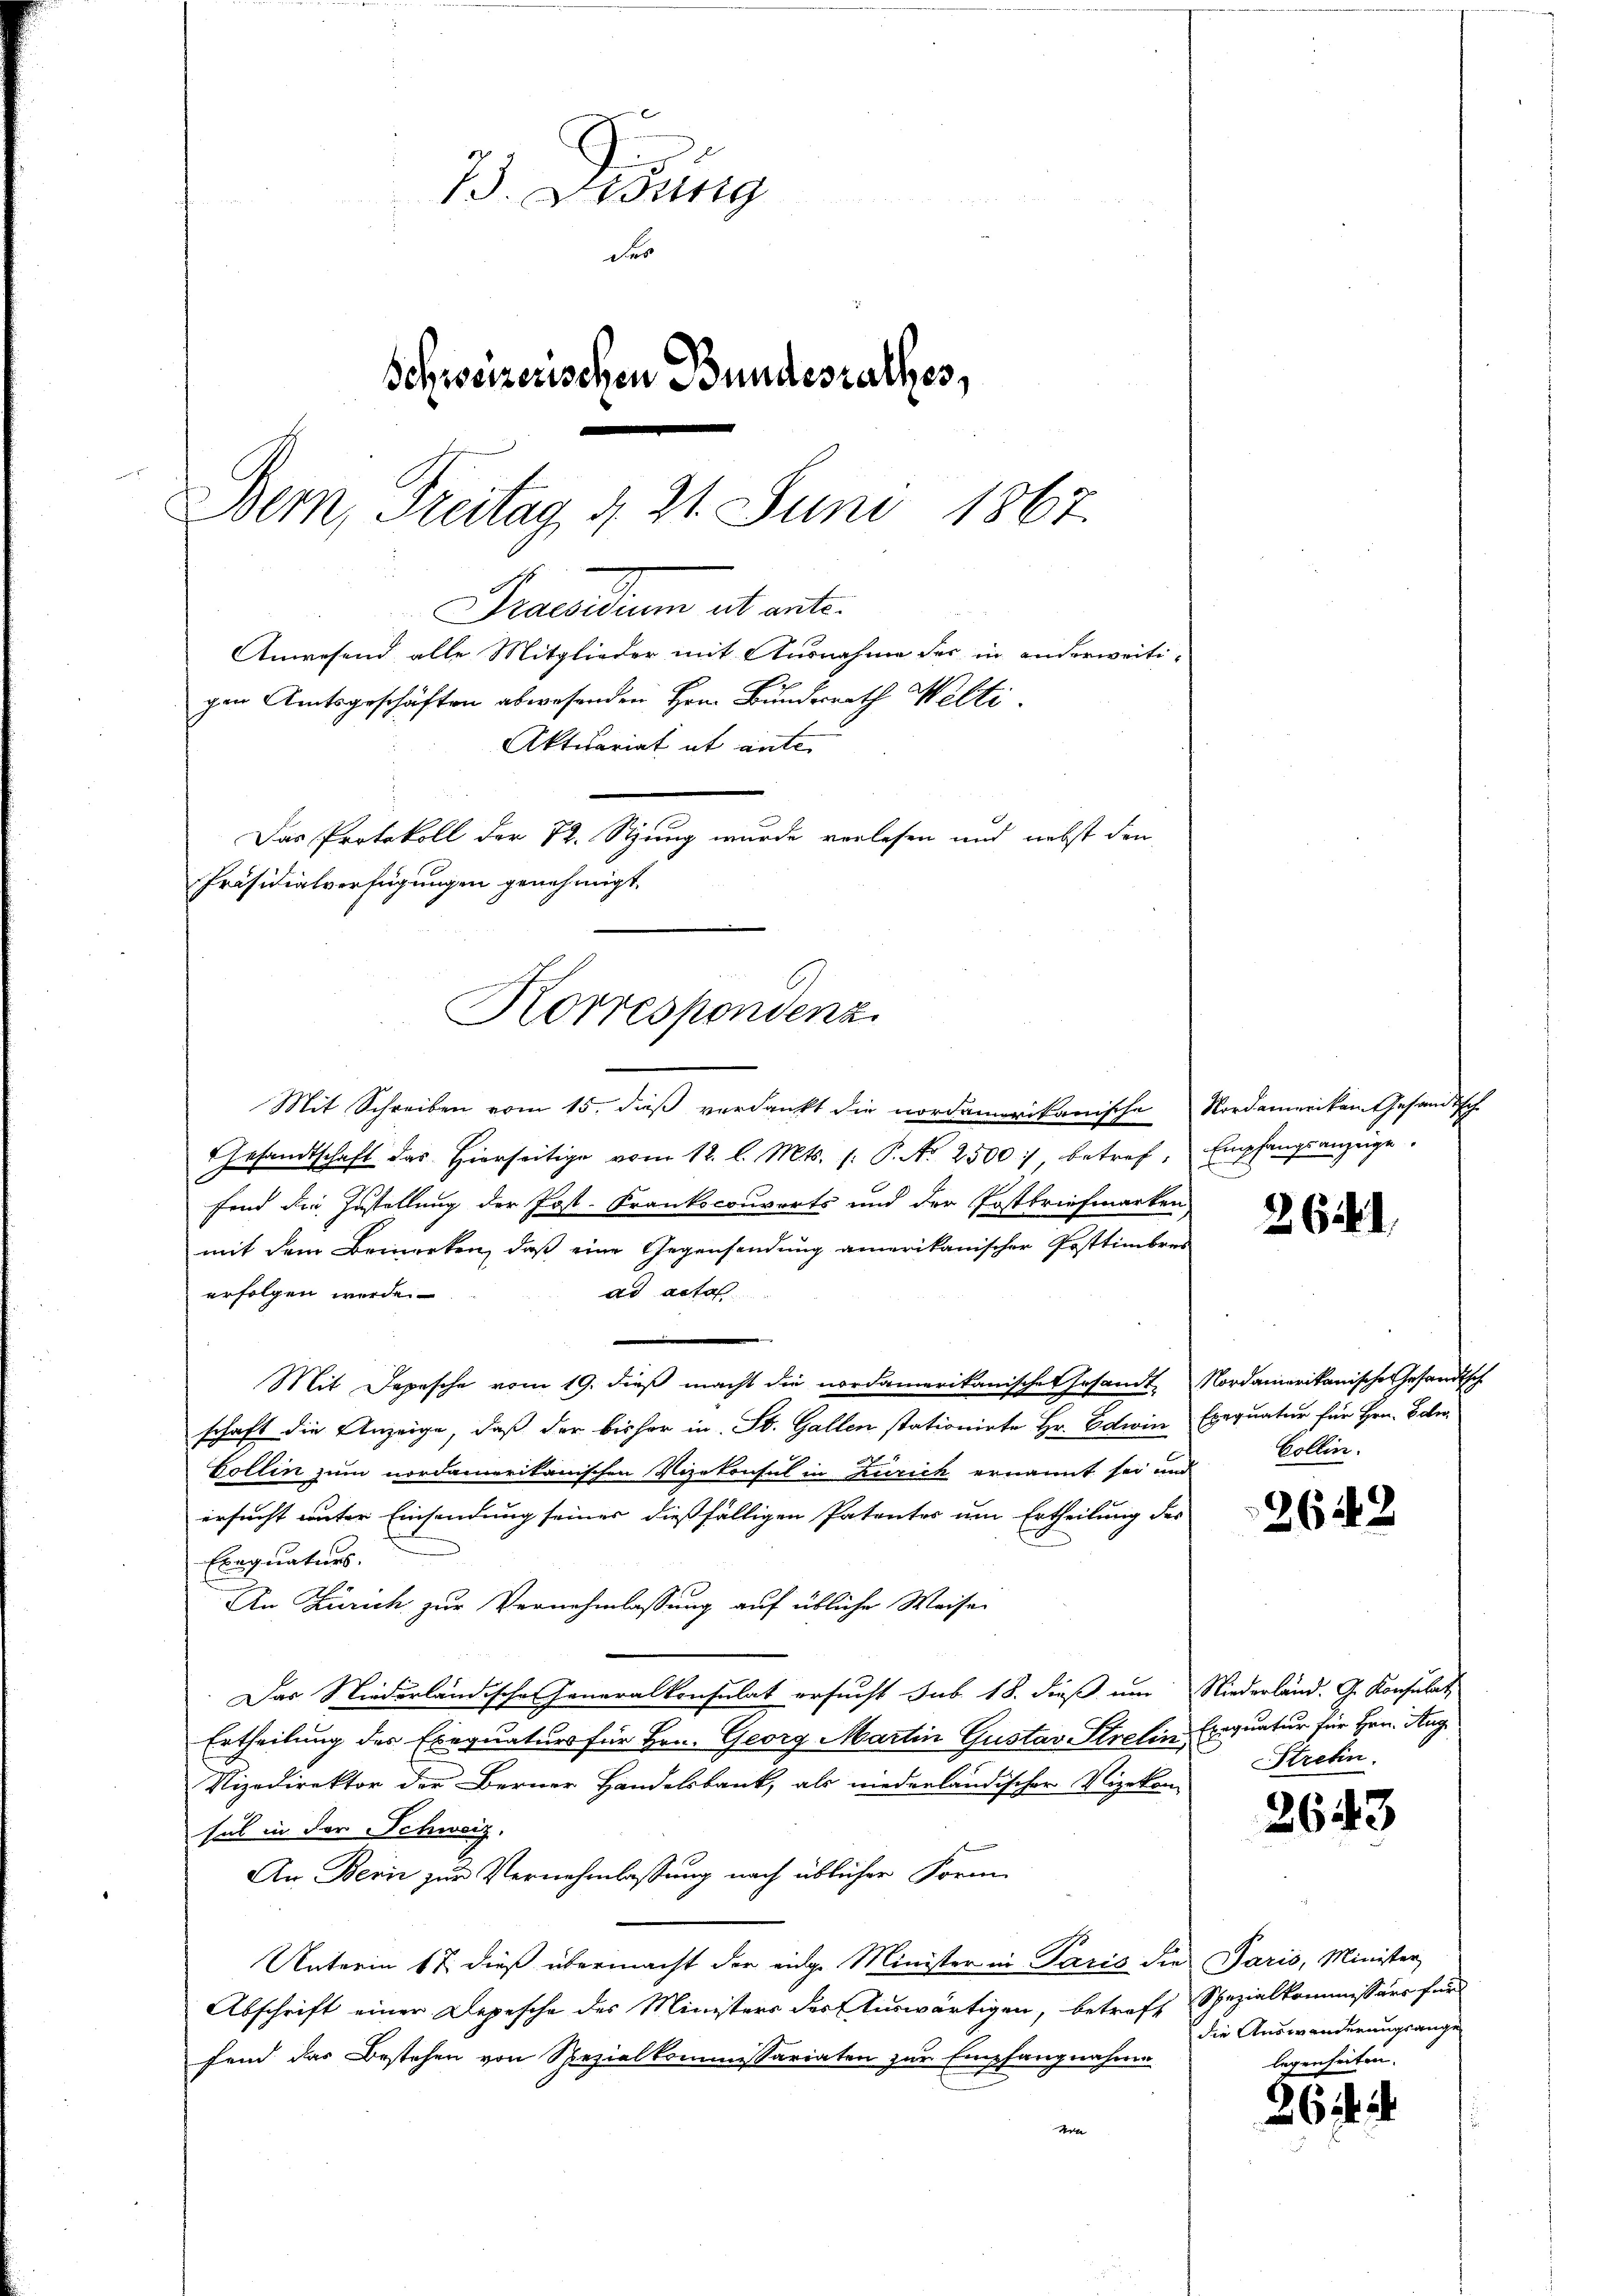
73. Weig
des
Schweizerischen Bundesrathes,
Bem, Freitag d. 21. Juni 1867.
Praesiduum alt al
Anwesend alle Mitglieder mit Ausnahme der in anderweiti-
gen Amtsgeschäften abwesenden Hrn. Bundesrath Welti
Aktuariat et ante
Das Protokoll der 72. Stung wurde verlesen und nebst den
Präsidialverfügungen genehmigt.

Korrespondenz

Mit Schreiben vom 15. dieß verdankt die nordamerikanische Nordamerikangesandtsch-
Gesandtschaft das hierseitige vom 12. l. Mts. s. P. Nr. 2500 : betref. Empfangsanzeige.
fend die Zustellung der Post-Krankocororts und der Postbriefmarken
mit dem Bemerken, daß eine Gegensendung amerikanischer Posttembres
erfolgen werde.
ad acta
Mit Depesche vom 19. dieß macht die nordamerikanischen Gesandt Nordamerikanische Gesandtsch
schaft die Anzeige, daß der bisher in St. Gallen stationirte Hr. Edwin Exequatur für Hrn. Boli
Collin zum nordamerikanischen Vizekonsul in Zürich ernannt sei und
ersucht unter Einsendung seiner dießfälligen Patentes um Ertheilung des
Exequaturs.
An Zürich zur Vernehmlassung auf übliche Weisen
Das Niederländische Generalkonsulat ersucht sub 18. dieß um Niederländ. G. Konsulat
Ertheilung des Exequaturs für Hrn. Georg Martin Gustav Strelin Exequatur für Hrn. Aug
Nizedirektor der Berner Handelsbank, als niederländischer Vizekon-
sul in der Schweiz.
An Bern zur Vernehmlassung nach üblicher Form-
Unterm 17. dieß übermacht der eidge Minister in Paris die Paris, Minister
Abschrift einer Depesche des Ministers der Auswärtigen, betreff Spezialkommissärs für
fend das Bestehen von Spezialkommissariaten zur Empfangnahme
Note

ch

264.

Collin.

2642

Streten.

2643

die Auswanderungsange
legenheiten.

26